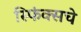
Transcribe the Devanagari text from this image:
स्फिंक्सचे